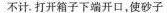
不计。打开箱子下端开口，使砂子